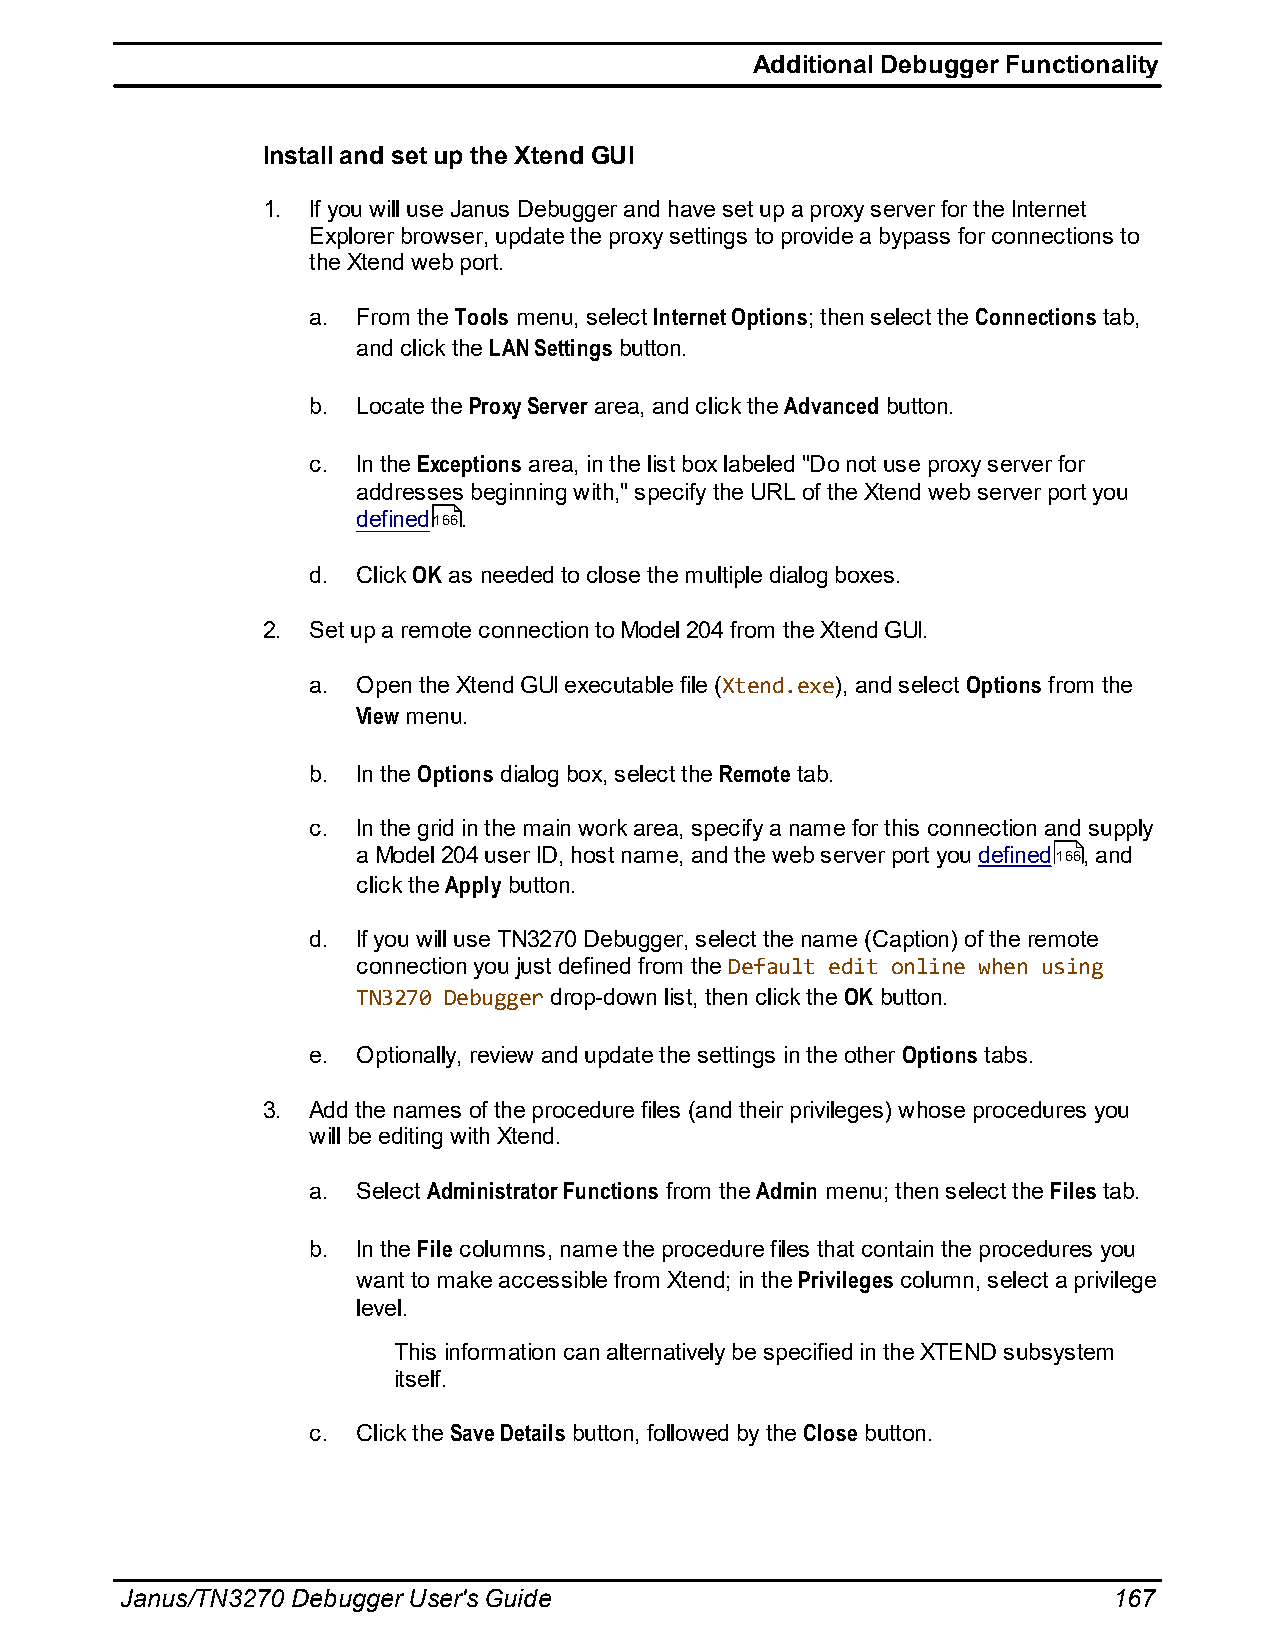
Additional Debugger Functionality
 Install and set up the Xtend GUI
 1. If you will use Janus Debugger and have set up a proxy server for the Internet
 Explorer browser, update the proxy settings to provide a bypass for connections to
 the Xtend web port.
 a.  From the Tools menu, select Internet Options; then select the Connections tab,
 and click the LAN Settings button.
 b.  Locate the Proxy Server area, and click the Advanced button.
 c.  In the Exceptions area, in the list box labeled "Do not use proxy server for
 addresses beginning with," specify the URL of the Xtend web server port you
 defined166.
 d.  Click OK as needed to close the multiple dialog boxes.
 2. Set up a remote connection to Model 204 from the Xtend GUI.
 a.  Open the Xtend GUI executable file (Xtend.exe), and select Options from the
 View menu.
 b.  In the Options dialog box, select the Remote tab.
 c.  In the grid in the main work area, specify a name for this connection and supply
 a Model 204 user ID, host name, and the web server port you defined166, and
 click the Apply button.
 d.  If you will use TN3270 Debugger, select the name (Caption) of the remote
 connection you just defined from the Default edit online when using
 TN3270 Debugger drop-down list, then click the OK button.
 e.  Optionally, review and update the settings in the other Options tabs.
 3. Add the names of the procedure files (and their privileges) whose procedures you
 will be editing with Xtend.
 a.  Select Administrator Functions from the Admin menu; then select the Files tab.
 b.  In the File columns, name the procedure files that contain the procedures you
 want to make accessible from Xtend; in the Privileges column, select a privilege
 level.
 This information can alternatively be specified in the XTEND subsystem
 itself.
 c.  Click the Save Details button, followed by the Close button.
 Janus/TN3270 Debugger User's Guide                                167